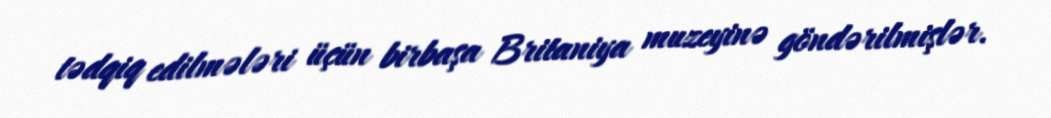
tədqiq edilmələri üçün birbaşa Britaniya muzeyinə göndərilmişlər.